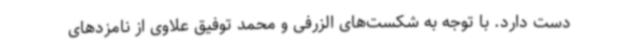
دست دارد. با توجه به شکست‌های الزرفی و محمد توفیق علاوی از نامزدهای